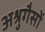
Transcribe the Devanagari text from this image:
अश्रुगैसों